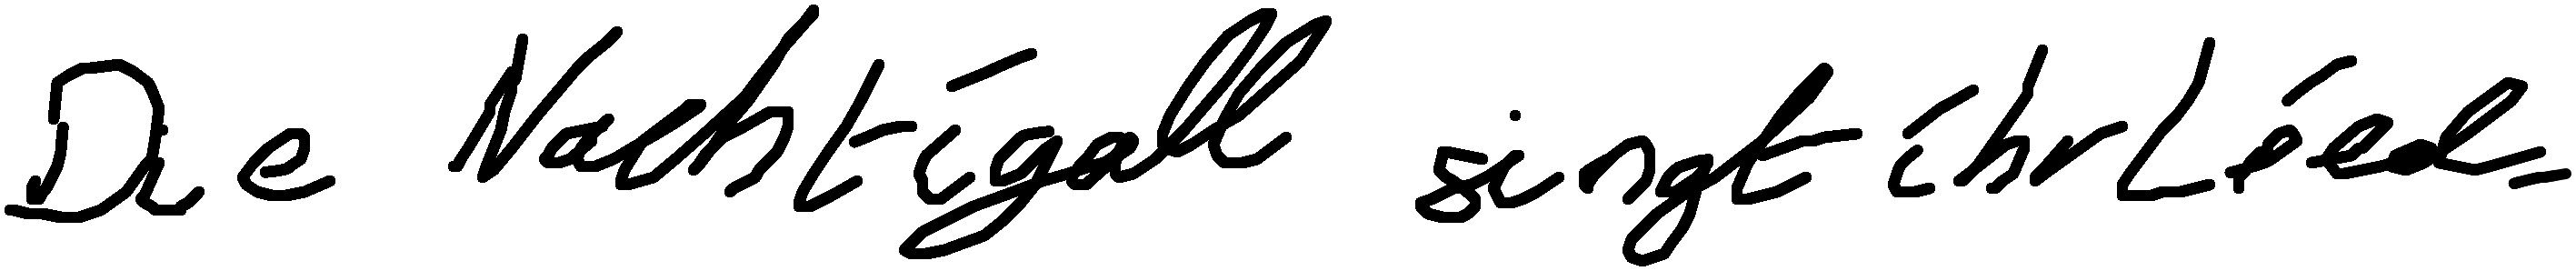
Die Nachtigall singt ihr Lied.